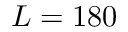
L = 1 8 0